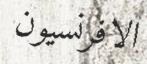
الافرنسيون